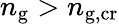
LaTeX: n_{\mathrm{g}}>n_{\mathrm{g,cr}}